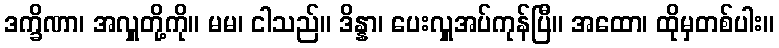
ဒက္ခိဏာ၊ အလှူတို့ကို။ မမ၊ ငါသည်။ ဒိန္နာ၊ ပေးလှူအပ်ကုန်ပြီ။ အထော၊ ထိုမှတစ်ပါး။